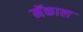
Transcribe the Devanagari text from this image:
मॅकाल